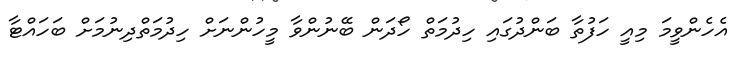
އެހެންވީމަ މިއީ ހަފުތާ ބަންދުގައި ހިދުމަތް ހޯދަން ބޭނުންވާ މީހުންނަށް ހިދުމަތްދިނުމަށް ބަހައްޓާ